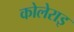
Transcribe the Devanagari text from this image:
कोलेराइ